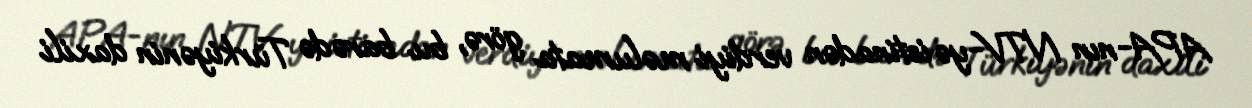
APA-nın NTV-yə istinadən verdiyi məlumata görə, bu barədə Türkiyənin daxili